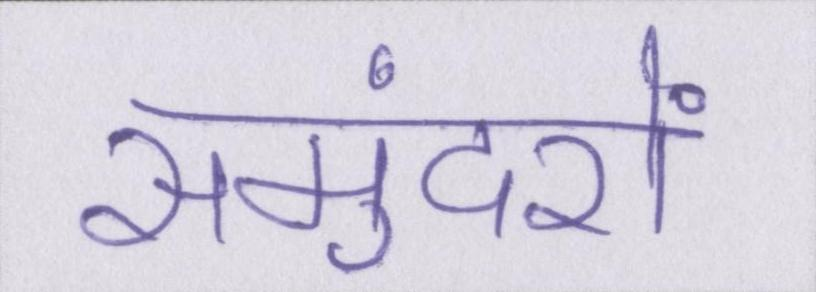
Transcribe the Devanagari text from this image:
समुंदरों